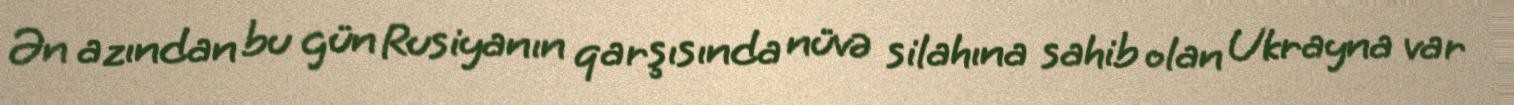
Ən azından bu gün Rusiyanın qarşısında nüvə silahına sahib olan Ukrayna var